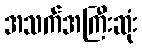
အသက်အကြီးဆုံး